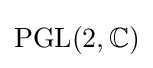
\mathrm {PGL} (2,\mathbb {C} )